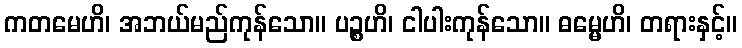
ကတမေဟိ၊ အဘယ်မည်ကုန်သော။ ပဉ္စဟိ၊ ငါပါးကုန်သော။ ဓမ္မေဟိ၊ တရားနှင့်။